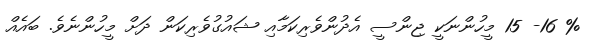
% 16- 15 މީހުންނަކީ ޖިންސީ އެދުންވެރިކަމާއި ޝައުގުވެރިކަން ދަށް މީހުންނެވެ. ބައެއް